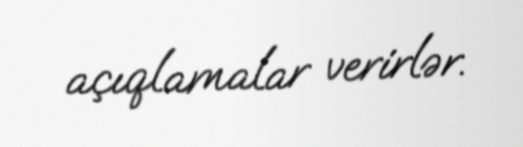
açıqlamalar verirlər.